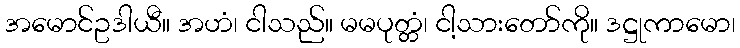
အမောင်ဥဒါယီ။ အဟံ၊ ငါသည်။ မမပုတ္တံ၊ ငါ့သားတော်ကို။ ဒဋ္ဌုကာမော၊